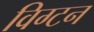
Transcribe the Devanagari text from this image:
विग्टन